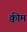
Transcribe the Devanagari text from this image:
क्वीम